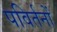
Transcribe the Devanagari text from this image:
पविर्तनों